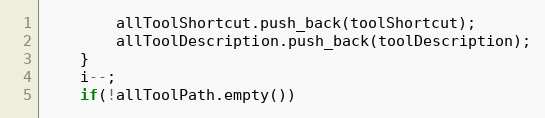
Language: C++
        allToolShortcut.push_back(toolShortcut);
        allToolDescription.push_back(toolDescription);
    }
    i--;
    if(!allToolPath.empty())